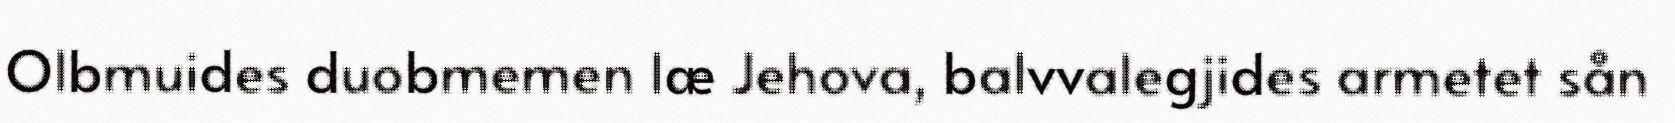
Olbmuides duobmemen læ Jehova, balvvalegjides armetet sån